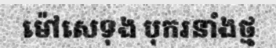
ម៉ៅសេទុង បុករនាំងថ្ម